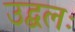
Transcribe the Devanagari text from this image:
उद्बलः